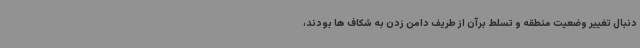
دنبال تغییر وضعیت منطقه و تسلط برآن از طریف دامن زدن به شکاف ها بودند،